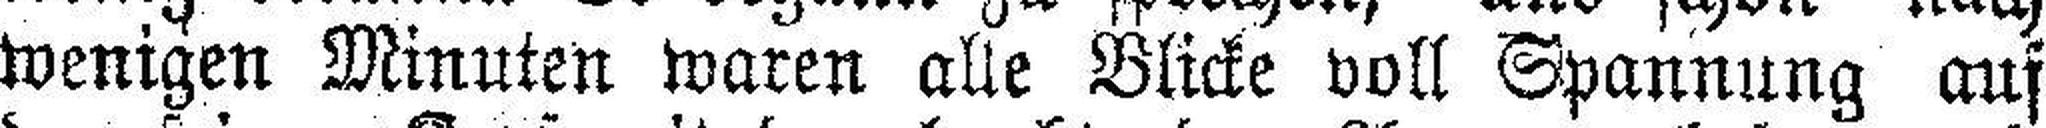
wenigen Minuten waren alle Blicke voll Spannung auf